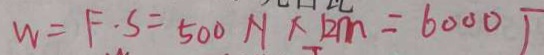
m = F \cdot S = 5 0 0 H \times 1 2 m = 6 0 0 0